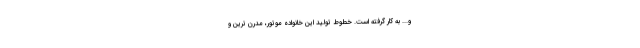
و... به کار گرفته است. خطوط تولید این خانواده موتور، مدرن ترین و